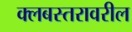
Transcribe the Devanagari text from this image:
क्लबस्तरावरील